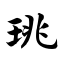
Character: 珧